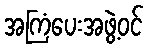
အကြံပေးအဖွဲ့ဝင်